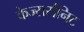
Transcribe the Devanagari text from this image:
केज्सर्सनिट